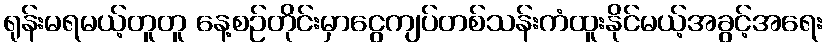
ရုန်းမရမယ့်တူတူ နေ့စဉ်တိုင်းမှာငွေကျပ်တစ်သန်းကံထူးနိုင်မယ့်အခွင့်အရေး